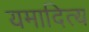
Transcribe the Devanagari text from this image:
यमादित्य